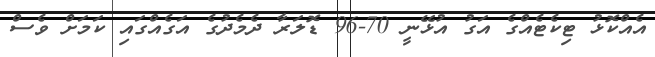
އެއްކޮޅު ޓިކެޓެއްގެ އަގު އުޅޭނީ 70-96 ޑޮލަރާ ދެމެދުގެ އަގެއްގައި ކަމަށް ވެސް